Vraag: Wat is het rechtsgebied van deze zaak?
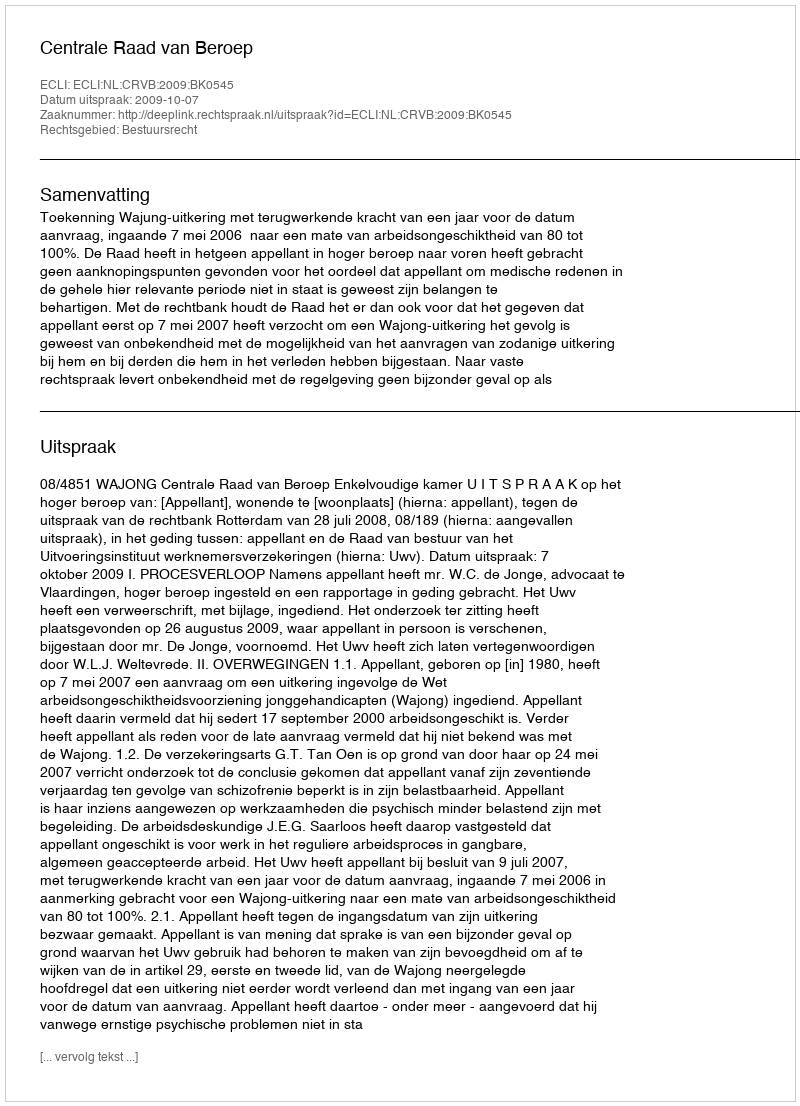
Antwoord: Bestuursrecht